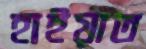
হাইয়াত